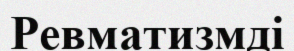
Ревматизмді